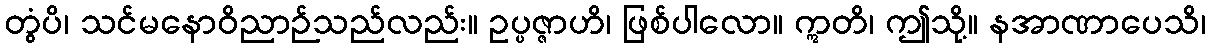
တွံပိ၊ သင်မနောဝိညာဉ်သည်လည်း။ ဥပ္ပဇ္ဇာဟိ၊ ဖြစ်ပါလော။ ဣတိ၊ ဤသို့။ နအာဏာပေသိ၊